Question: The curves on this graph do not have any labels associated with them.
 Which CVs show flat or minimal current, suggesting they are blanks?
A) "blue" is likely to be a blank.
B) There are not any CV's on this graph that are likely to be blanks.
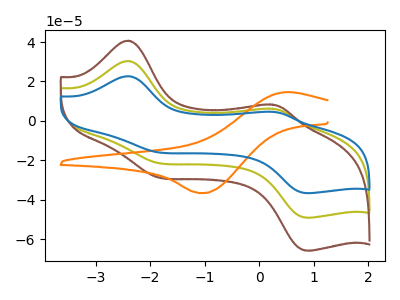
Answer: <think>The olive curve "olive" has anodic peaks at (-2.40V, 30.35uA) (0.20V, 6.20uA) and cathodic peaks at (-1.90V, -20.95uA) (0.90V, -49.10uA). The brown curve "brown" has anodic peaks at (-2.40V, 60.75uA) (0.20V, 12.35uA) and cathodic peaks at (-1.90V, -41.95uA) (0.90V, -98.20uA). The orange curve "orange" has an anodic peak at (0.55V, 14.60uA) and a cathodic peak at (-1.10V, -36.75uA). The blue curve "blue" has anodic peaks at (-2.40V, 22.65uA) (0.20V, 4.60uA) and cathodic peaks at (-1.90V, -15.65uA) (0.90V, -36.65uA).</think>
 <answer>B) There are not any CV's on this graph that are likely to be blanks.</answer>
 <eval>B</eval>